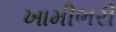
ખામીભરી